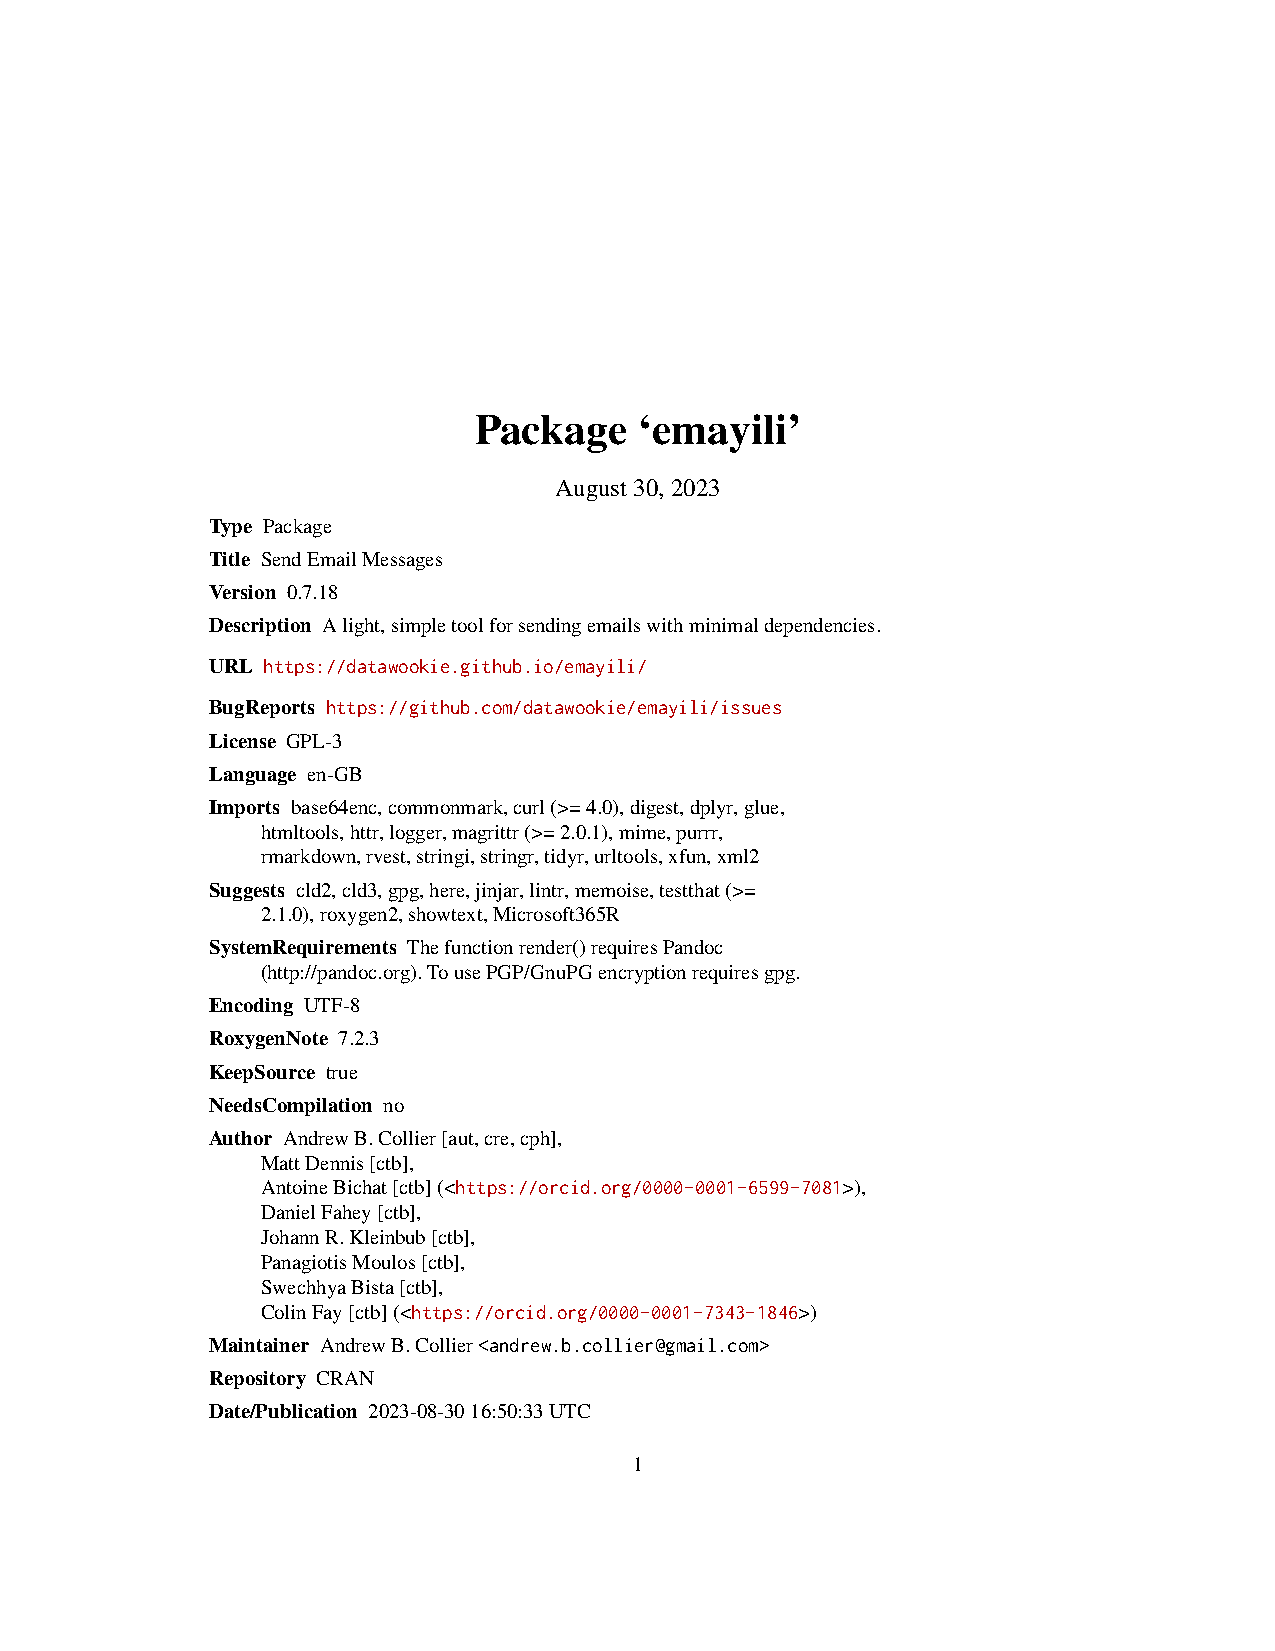
Package    ‘emayili’
 August30,2023
 Type Package
 Title SendEmailMessages
 Version 0.7.18
 Description Alight,simpletoolforsendingemailswithminimaldependencies.
 URL https://datawookie.github.io/emayili/
 BugReports https://github.com/datawookie/emayili/issues
 License GPL-3
 Language en-GB
 Imports base64enc,commonmark,curl(>=4.0),digest,dplyr,glue,
 htmltools,httr,logger,magrittr(>=2.0.1),mime,purrr,
 rmarkdown,rvest,stringi,stringr,tidyr,urltools,xfun,xml2
 Suggests cld2,cld3,gpg,here,jinjar,lintr,memoise,testthat(>=
 2.1.0),roxygen2,showtext,Microsoft365R
 SystemRequirements Thefunctionrender()requiresPandoc
 (http://pandoc.org).TousePGP/GnuPGencryptionrequiresgpg.
 Encoding UTF-8
 RoxygenNote 7.2.3
 KeepSource true
 NeedsCompilation no
 Author AndrewB.Collier[aut,cre,cph],
 MattDennis[ctb],
 AntoineBichat[ctb](<https://orcid.org/0000-0001-6599-7081>),
 DanielFahey[ctb],
 JohannR.Kleinbub[ctb],
 PanagiotisMoulos[ctb],
 SwechhyaBista[ctb],
 ColinFay[ctb](<https://orcid.org/0000-0001-7343-1846>)
 Maintainer AndrewB.Collier<andrew.b.collier@gmail.com>
 Repository CRAN
 Date/Publication 2023-08-3016:50:33UTC
 1